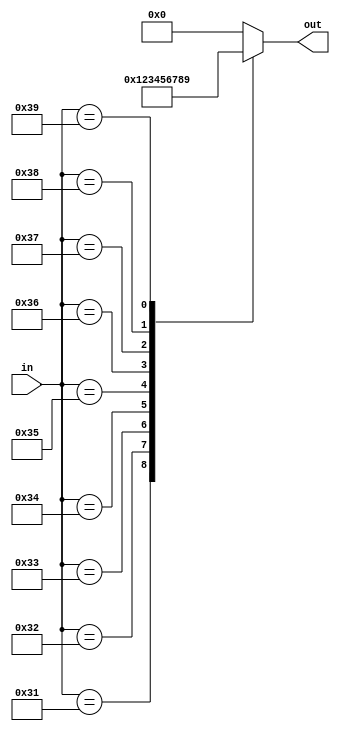
module PR5
(
input wire [7:0] in,
output reg [3:0] out
);

always @(*)
	case (in)
		8'd48: out = 4'd0;
		8'd49: out = 4'd1;
		8'd50: out = 4'd2;
		8'd51: out = 4'd3;
		8'd52: out = 4'd4;
		8'd53: out = 4'd5;
		8'd54: out = 4'd6;
		8'd55: out = 4'd7;
		8'd56: out = 4'd8;
		8'd57: out = 4'd9;
		default: out = 4'd0;
	endcase
endmodule